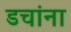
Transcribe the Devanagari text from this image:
डचांना